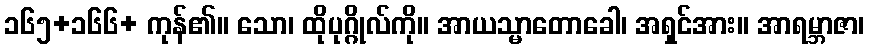
၁၆၅+၁၆၆+ ကုန်၏။ သော၊ ထိုပုဂ္ဂိုလ်ကို။ အာယသ္မာတောခေါ၊ အရှင်အား။ အာရမ္ဘာဇာ၊